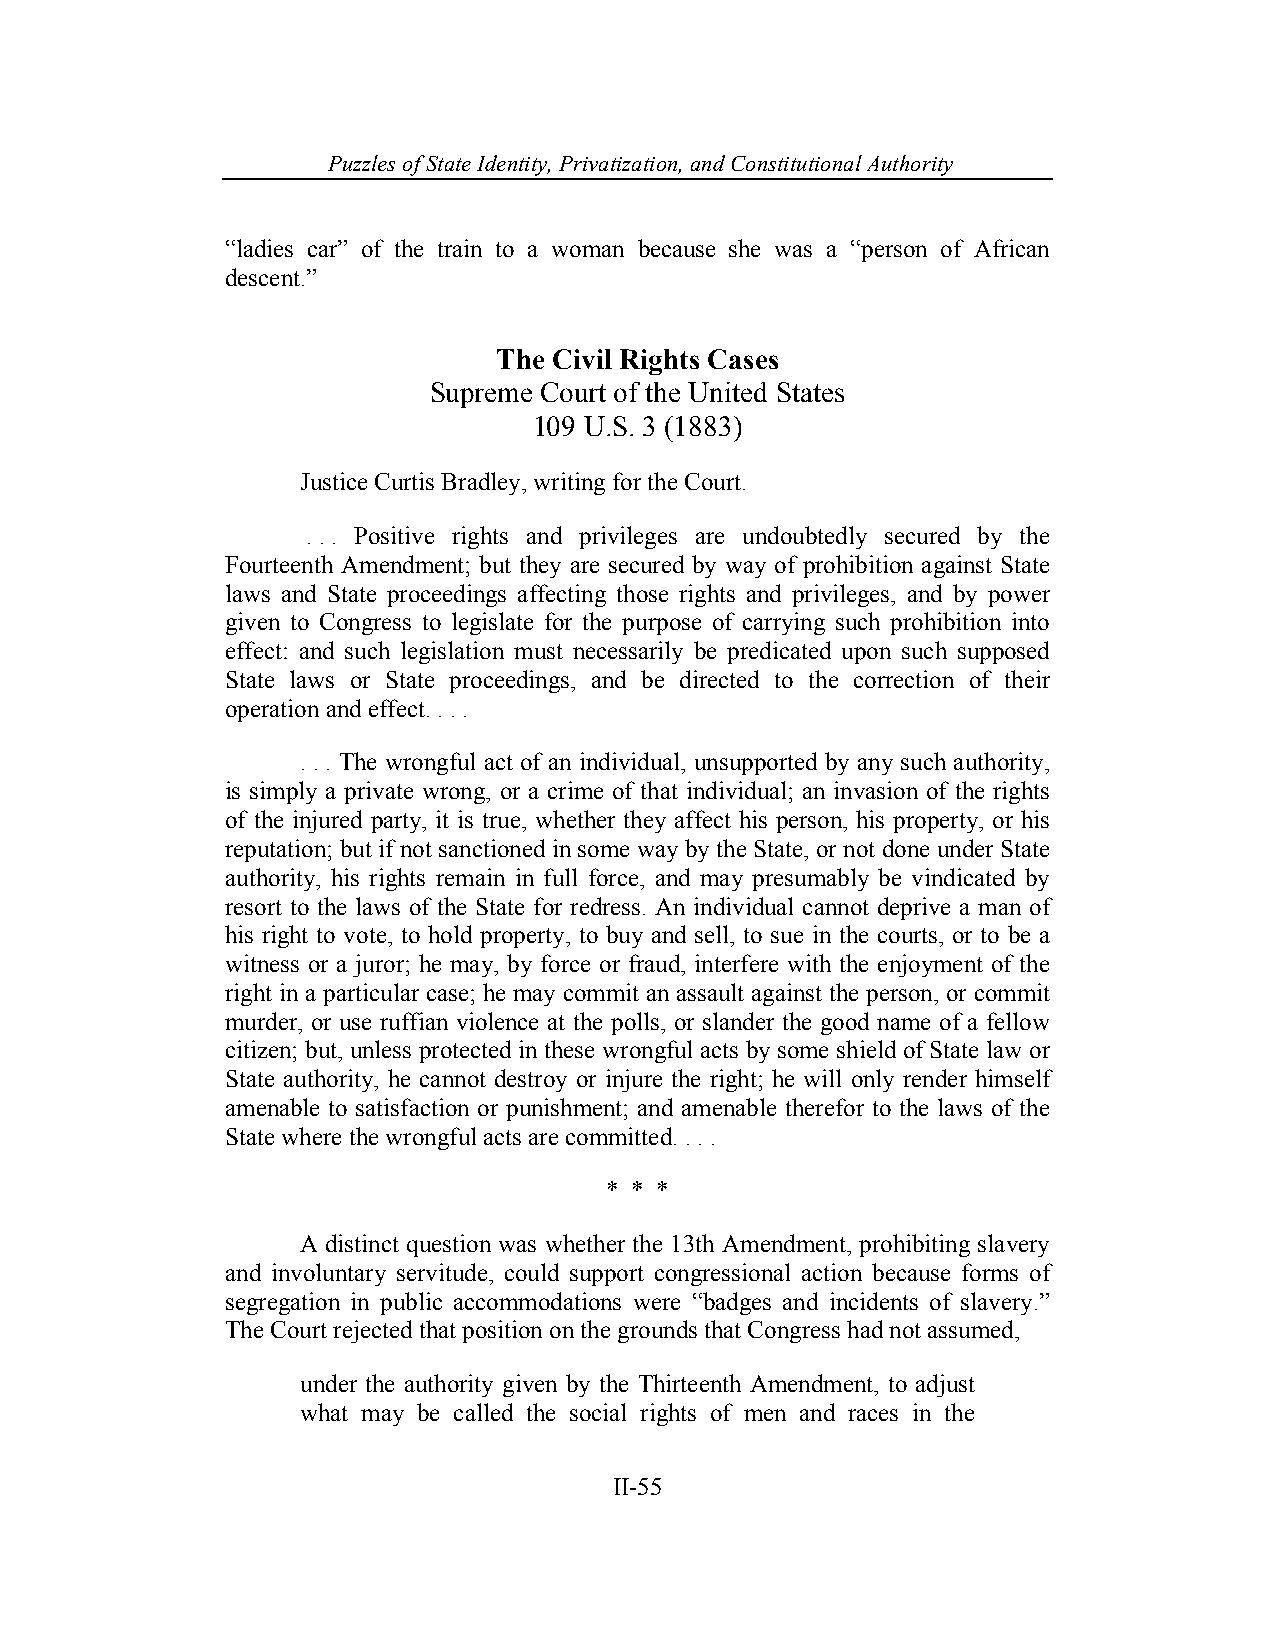
Puzzles of State Identity, Privatiz ation, and Constitutional Authority
 “ladies car” of the train to a woman because she was a “person of African
 descent.”
 The Civil Rights Cases
 Supreme Court of the United States
 109 U.S. 3 (1883)
 Justice Curtis Bradley, writing for the Court.
 . . . Positive rights and privileges are undoubtedly secured by the
 Fourteenth Amendment; but they are secured by way of prohibition against State
 laws and State proceedings affecting those rights and privileges, and by power
 given to Congress to legislate for the purpose of carrying such prohibition into
 effect: and such legislation must necessarily be predicated upon such supposed
 State laws or State proceedings, and be directed to the correction of their
 operation and effect. . . .
 . . . The wrongful act of an individual, unsupported by any such authority,
 is simply a private wrong, or a crime of that individual; an invasion of the rights
 of the injured party, it is true, whether they affect his person, his property, or his
 reputation; but if not sanctioned in some way by the State, or not done under State
 authority, his rights remain in full force, and may presumably be vindicated by
 resort to the laws of the State for redress. An individual cannot deprive a man of
 his right to vote, to hold property, to buy and sell, to sue in the courts, or to be a
 witness or a juror; he may, by force or fraud, interfere with the enjoyment of the
 right in a particular case; he may commit an assault against the person, or commit
 murder, or use ruffian violence at the polls, or slander the good name of a fellow
 citizen; but, unless protected in these wrongful acts by some shield of State law or
 State authority, he cannot destroy or injure the right; he will only render himself
 amenable to satisfaction or punishment; and amenable therefor to the laws of the
 State where the wrongful acts are committed. . . .
 * * *
 A distinct question was whether the 13th Amendment, prohibiting slavery
 and involuntary servitude, could support congressional action because forms of
 segregation in public accommodations were “badges and incidents of slavery.”
 The Court rejected that position on the grounds that Congress had not assumed,
 under the authority given by the Thirteenth Amendment, to adjust
 what may be called the social rights of men and races in the
 II-55